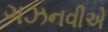
ગઝનવીએ